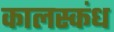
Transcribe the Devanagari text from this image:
कालस्कंध